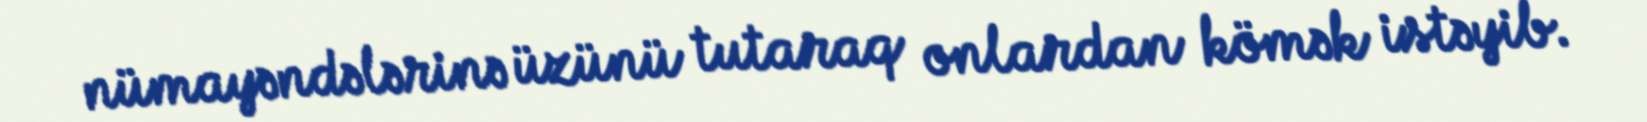
nümayəndələrinə üzünü tutaraq onlardan kömək istəyib.